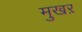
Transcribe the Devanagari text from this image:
मुखऱ